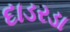
દાડરડા